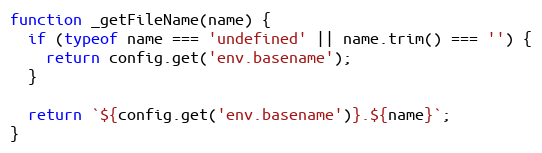
Language: JavaScript
function _getFileName(name) {
  if (typeof name === 'undefined' || name.trim() === '') {
    return config.get('env.basename');
  }

  return `${config.get('env.basename')}.${name}`;
}